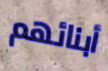
أبنائهم